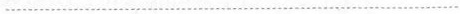
................................................................................